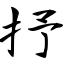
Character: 抒